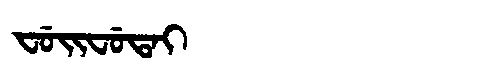
Manchu: ᠸᡠᡳᠸᡠᡨᠠᡳ
Romanization: FUIFUTAI